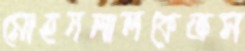
মোহনলালকেক্রস